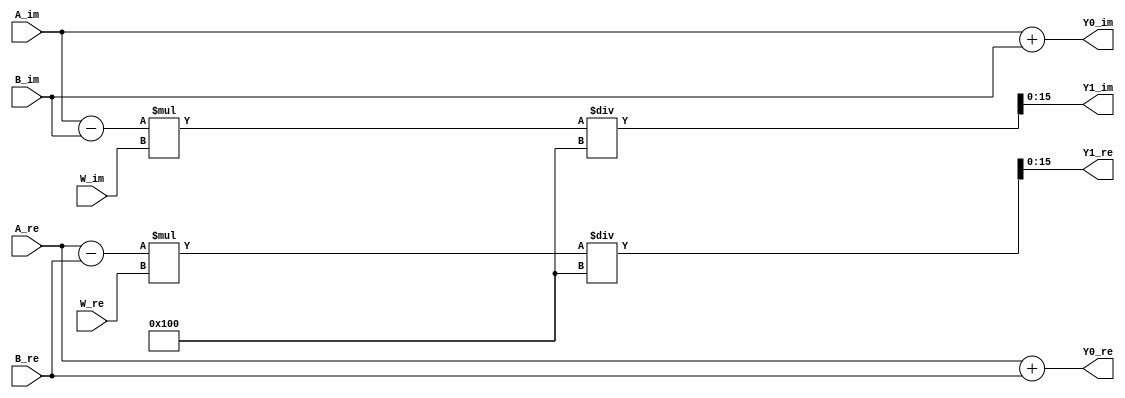
////////////////////////////////////////////////////////////////
// input ports
// A_re    -the 1st input (real part) of the radix butterfly unit (16 bits)
// B_re    -the 2nd input (real part) of the radix butterfly unit (16 bits)
// W_re    -the twiddle factor (real part) (16 bits)
// A_im    -the 1st input (imag part) of the radix butterfly unit (16 bits)
// B_im    -the 2nd input (imag part) of the radix butterfly unit (16 bits)
// W_im    -the twiddle factor (imag part) (16 bits)

// output ports
// Y0_re    -the 1st output (real part) of the radix butterfly unit (16 bits)
// Y1_re    -the 2nd output (real part) of the radix butterfly unit (16 bits)
// Y0_im    -the 1st output (imag part) of the radix butterfly unit (16 bits)
// Y1_im    -the 2nd output (imag part) of the radix butterfly unit (16 bits)
////////////////////////////////////////////////////////////////
module bf_radix2
    (
        input signed [15:0] A_re,
        input signed [15:0] B_re,
        input signed [15:0] W_re,
        input signed [15:0] A_im,
        input signed [15:0] B_im,
        input signed [15:0] W_im,
        output signed [15:0] Y0_re,
        output signed [15:0] Y1_re,
        output signed [15:0] Y0_im,
        output signed [15:0] Y1_im
    );

// wire definition
// fill in your code here
wire [15:0] Y1_re_tmp;
wire [15:0] Y1_im_tmp;
// Y0 = A + B
// Y1 = (A - B)*W
// A, B, W, Y0, Y1 are complex number whose real and imag parts are represented with 1 sign bit, 7 integer bits, and 8 fractional bits
// fill in your code here
assign Y0_re = A_re + B_re;
assign Y1_re_tmp = (A_re - B_re)*W_re;
assign Y0_im = A_im + B_im;
assign Y1_im_tmp = (A_im - B_im)*W_im;

assign Y1_re = Y1_re_tmp/256;
assign Y1_im = Y1_im_tmp/256;
endmodule